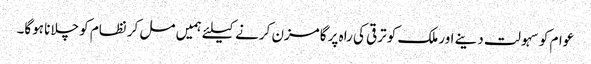
عوام کو سہولت دینے اور ملک کو ترقی کی راہ پر گامزن کرنے کیلئے ہمیں مل کر نظام کو چلانا ہوگا۔